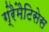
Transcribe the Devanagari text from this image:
ग्रैमैटिसेस